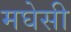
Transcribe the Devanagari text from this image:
मघेसी